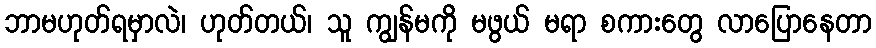
ဘာမဟုတ်ရမှာလဲ၊ ဟုတ်တယ်၊ သူ ကျွန်မကို မဖွယ် မရာ စကားတွေ လာပြောနေတာ